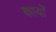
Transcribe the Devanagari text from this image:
कार्याें